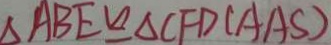
\Delta A B E \cong \Delta C F D ( A A S )